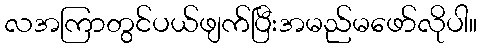
လအကြာတွင်ပယ်ဖျက်ပြီးအမည်မဖော်လိုပါ။